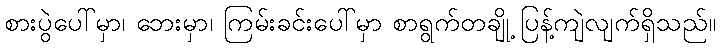
စားပွဲပေါ်မှာ၊ ဘေးမှာ၊ ကြမ်းခင်းပေါ်မှာ စာရွက်တချို့ ပြန့်ကျဲလျက်ရှိသည်။